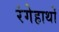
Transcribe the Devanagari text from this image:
रंगेहाथों